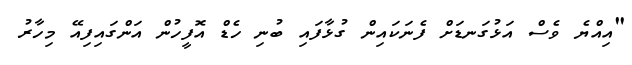
"އިއްޔެ ވެސް އަޅުގަނޑަށް ފެނަކައިން ގުޅާފައި ބުނި ހެޑް އޮފީހުން އަންގައިފިއޭ މިހާރު